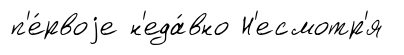
п'е́рвоjе н'еда́вно Н'есмотр'я